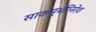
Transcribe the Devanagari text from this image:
साकम्भरिनरेश